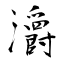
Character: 灂